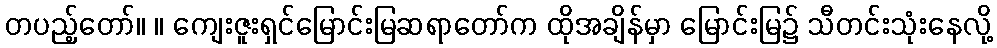
တပည့်တော်။ ။ ကျေးဇူးရှင်မြောင်းမြဆရာတော်က ထိုအချိန်မှာ မြောင်းမြ၌ သီတင်းသုံးနေလို့